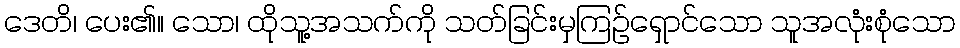
ဒေတိ၊ ပေး၏။ သော၊ ထိုသူ့အသက်ကို သတ်ခြင်းမှကြဉ်ရှောင်သော သူအလုံးစုံသော